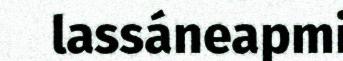
lassáneapmi